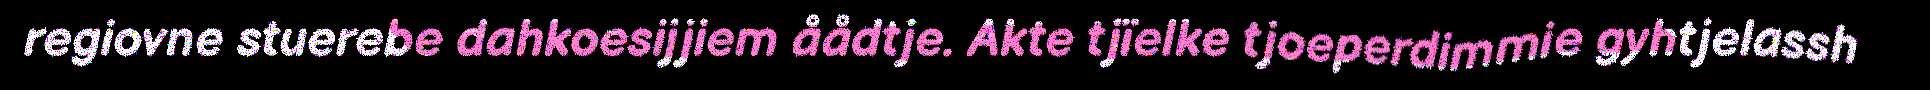
regiovne stuerebe dahkoesijjiem åådtje. Akte tjïelke tjoeperdimmie gyhtjelassh